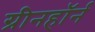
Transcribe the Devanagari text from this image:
ग्रीनहॉर्न